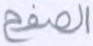
الصفح